Report on sanitation, dispensaries, and jails in Rajputana for 1913, and on vaccination for the year 1913-1914 - 1913-1914
Year: 1913
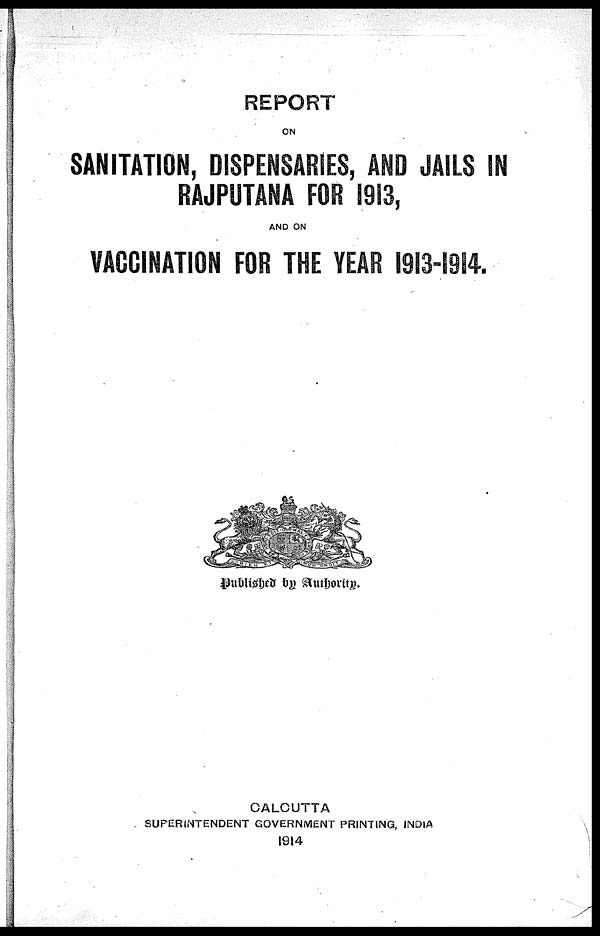
REPORT
ON
SANITATION, DISPENSARIES, AND JAILS IN
RAJPUTANA FOR 1913,
AND ON
VACCINATION FOR THE YEAR 1913-1914.
Published by Authority.
CALCUTTA
SUPERINTENDENT GOVERNMENT PRINTING, INDIA
1914